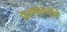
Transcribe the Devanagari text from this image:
प्रेरणास्तोत्रे